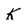
Character: K